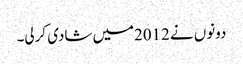
دونوں نے 2012میں شادی کرلی۔